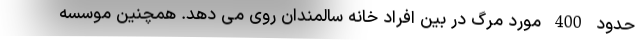
حدود 400 مورد مرگ در بین افراد خانه سالمندان روی می دهد. همچنین موسسه